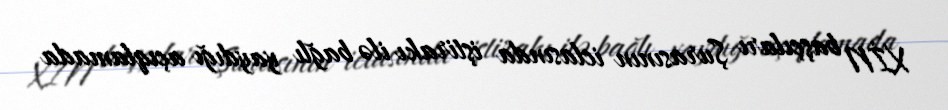
XİN başçıları Şurasının iclasında iştirakı ilə bağlı yaydığı açıqlamada